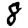
Digit: 8